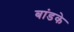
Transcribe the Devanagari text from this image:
बांडके